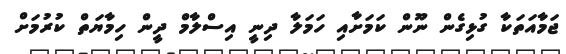
ޖަމާއަތަކާ ގުޅިގެން ނޫން ކަމަށާއި ހަމަލާ ދިނީ އިސްލާމް ދީން ހިމާޔަތް ކުރުމަށް